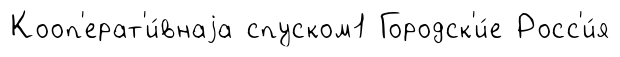
Кооп'ерат'и́внаjа спуском1 Городск'и́е Росс'и́я